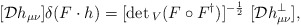
\begin{align*}[{\cal D}h_{\mu \nu}] \delta (F \cdot h) = [\det{}_V (F\circ F^{\dag})]^{-{1\over 2}} \ [{\cal D}h^{\perp}_{\mu \nu}],\end{align*}